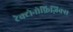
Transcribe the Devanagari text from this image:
टेक्टोनोफ़िज़िक्स